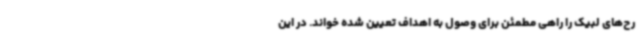
رح‌های لبیک را راهی مطمئن برای وصول به اهداف تعیین شده خواند. در این